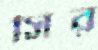
সির